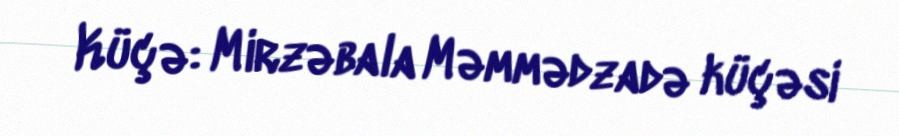
Küçə: Mirzəbala Məmmədzadə küçəsi